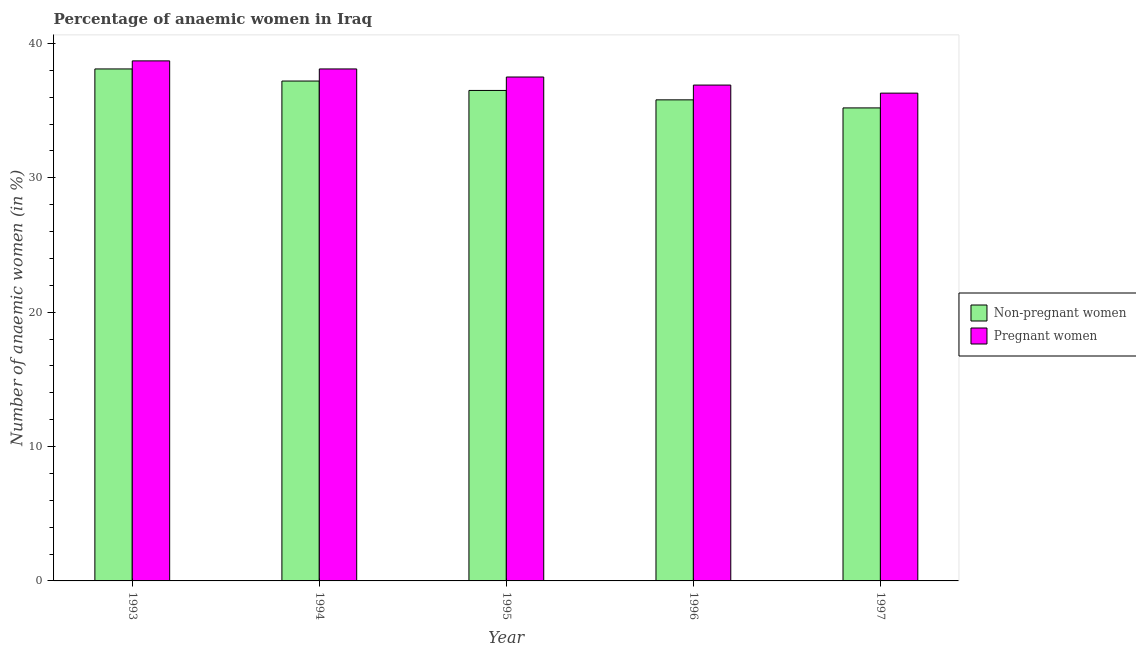
| Year | Non-pregnant women | Pregnant women |
 | --- | --- | --- |
 | 1993 | 38.1 | 38.7 |
 | 1994 | 37.2 | 38.1 |
 | 1995 | 36.5 | 37.5 |
 | 1996 | 35.8 | 36.9 |
 | 1997 | 35.2 | 36.3 |